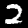
Label: 2